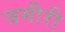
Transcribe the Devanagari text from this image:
जमीरी